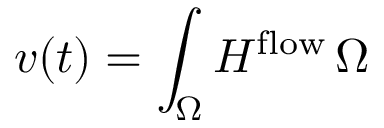
v ( t ) = \int _ { \Omega } H ^ { \mathrm { f l o w } } \, \d \Omega